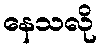
နေသလို